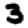
Digit: 3